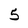
Character: 5